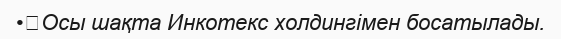
•	Осы шақта Инкотекс холдингімен босатылады.